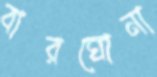
বারঘোনা